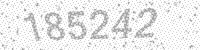
Solution: 185242